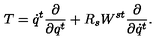
T = \dot { q } ^ { t } \frac { \partial } { \partial q ^ { t } } + R _ { s } W ^ { s t } \frac { \partial } { \partial \dot { q } ^ { t } } .